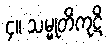
၄။ သမ္မုတိကုဋိ